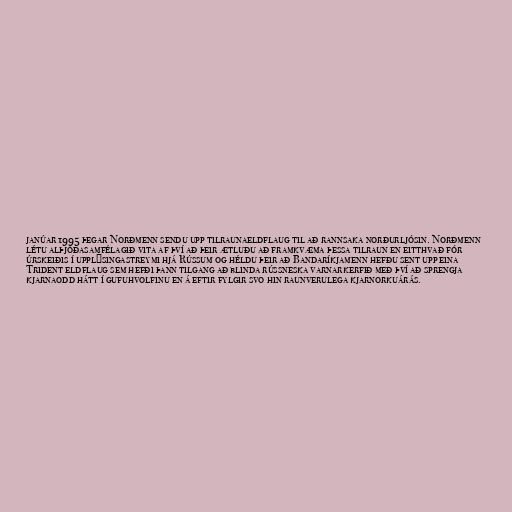
janúar 1995 þegar Norðmenn sendu upp tilraunaeldflaug til að rannsaka norðurljósin. Norðmenn
létu alþjóðasamfélagið vita af því að þeir ætluðu að framkvæma þessa tilraun en eitthvað fór
úrskeiðis í upplýsingastreymi hjá Rússum og héldu þeir að Bandaríkjamenn hefðu sent upp eina
Trident eldflaug sem hefði þann tilgang að blinda rússneska varnarkerfið með því að sprengja
kjarnaodd hátt í gufuhvolfinu en á eftir fylgir svo hin raunverulega kjarnorkuárás.